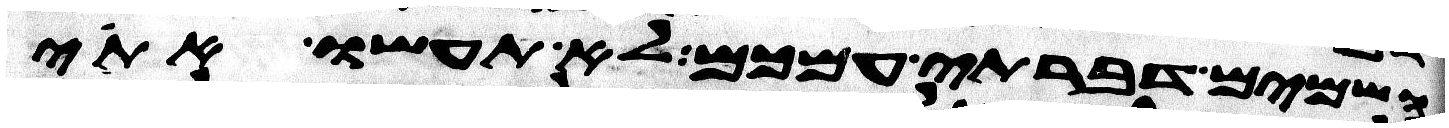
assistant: השמים דברתי עמכם לא תעשו אתי